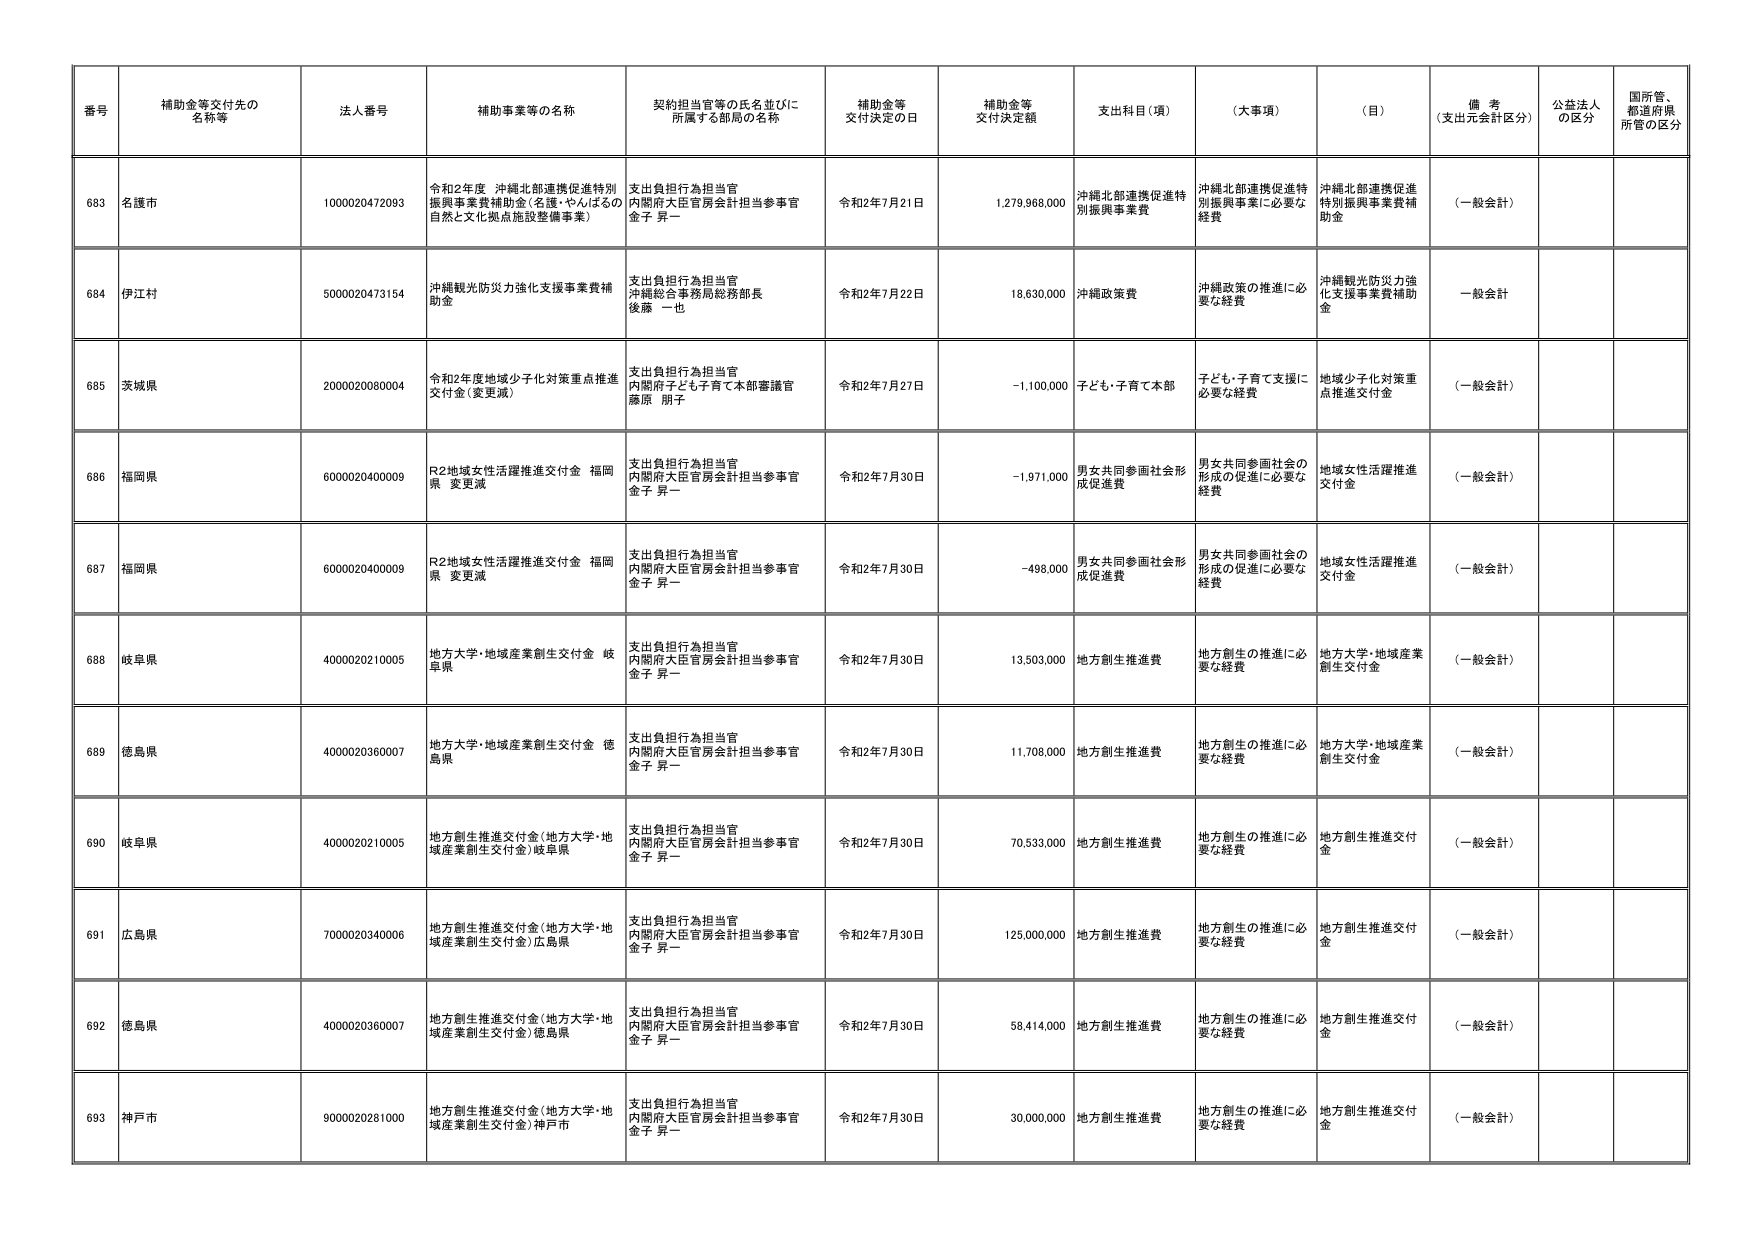
番号 補助金等交付先の名称等 法人番号 補助事業等の名称 契約担当官等の氏名並びに所属する部局の名称 補助金等交付決定の日 補助金等交付決定額 支出科目（項） （大事項） （目） 備考（支出元会計区分） 公益法人の区分 国所管、都道府県所管の区分

683 名護市 1000020472093 令和2年度 沖縄北部連携促進特別振興事業費補助金（名護・やんばるの自然と文化拠点施設整備事業） 支出負担行為担当官 内閣府大臣官房会計担当参事官 金子 昇一 令和2年7月21日 1,279,968,000 沖縄北部連携促進特別振興事業費 沖縄北部連携促進特別振興事業に必要な経費 沖縄北部連携促進特別振興事業費補助金 （一般会計）

684 伊江村 5000020473154 沖縄観光防災力強化支援事業費補助金 支出負担行為担当官 沖縄総合事務局総務部長 後藤 一也 令和2年7月22日 18,630,000 沖縄政策費 沖縄政策の推進に必要な経費 沖縄観光防災力強化支援事業費補助金 一般会計

685 茨城県 2000020080004 令和2年度地域少子化対策重点推進交付金（変更減） 支出負担行為担当官 内閣府子ども子育て本部審議官 藤原 朋子 令和2年7月27日 -1,100,000 子ども・子育て本部 子ども・子育て支援に必要な経費 地域少子化対策重点推進交付金 （一般会計）

686 福岡県 6000020400009 R2地域女性活躍推進交付金 福岡県 変更減 支出負担行為担当官 内閣府大臣官房会計担当参事官 金子 昇一 令和2年7月30日 -1,971,000 男女共同参画社会形成促進費 男女共同参画社会の形成の促進に必要な経費 地域女性活躍推進交付金 （一般会計）

687 福岡県 6000020400009 R2地域女性活躍推進交付金 福岡県 変更減 支出負担行為担当官 内閣府大臣官房会計担当参事官 金子 昇一 令和2年7月30日 -498,000 男女共同参画社会形成促進費 男女共同参画社会の形成の促進に必要な経費 地域女性活躍推進交付金 （一般会計）

688 岐阜県 4000020210005 地方大学・地域産業創生交付金 岐阜県 支出負担行為担当官 内閣府大臣官房会計担当参事官 金子 昇一 令和2年7月30日 13,503,000 地方創生推進費 地方創生の推進に必要な経費 地方大学・地域産業創生交付金 （一般会計）

689 徳島県 4000020360007 地方大学・地域産業創生交付金 徳島県 支出負担行為担当官 内閣府大臣官房会計担当参事官 金子 昇一 令和2年7月30日 11,708,000 地方創生推進費 地方創生の推進に必要な経費 地方大学・地域産業創生交付金 （一般会計）

690 岐阜県 4000020210005 地方創生推進交付金（地方大学・地域産業創生交付金）岐阜県 支出負担行為担当官 内閣府大臣官房会計担当参事官 金子 昇一 令和2年7月30日 70,533,000 地方創生推進費 地方創生の推進に必要な経費 地方創生推進交付金 （一般会計）

691 広島県 7000020340006 地方創生推進交付金（地方大学・地域産業創生交付金）広島県 支出負担行為担当官 内閣府大臣官房会計担当参事官 金子 昇一 令和2年7月30日 125,000,000 地方創生推進費 地方創生の推進に必要な経費 地方創生推進交付金 （一般会計）

692 徳島県 4000020360007 地方創生推進交付金（地方大学・地域産業創生交付金）徳島県 支出負担行為担当官 内閣府大臣官房会計担当参事官 金子 昇一 令和2年7月30日 58,414,000 地方創生推進費 地方創生の推進に必要な経費 地方創生推進交付金 （一般会計）

693 神戸市 9000020281000 地方創生推進交付金（地方大学・地域産業創生交付金）神戸市 支出負担行為担当官 内閣府大臣官房会計担当参事官 金子 昇一 令和2年7月30日 30,000,000 地方創生推進費 地方創生の推進に必要な経費 地方創生推進交付金 （一般会計）